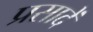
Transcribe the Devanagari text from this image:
प्रसादें